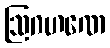
ဩဂဟဏေ